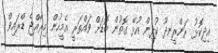
އިިދިކޮޅު ރަންރީނދޫ ކުދިން އުޅޭ ގޮތުން ބޮޑަށް ވައްތަރީ އެމީހުން މިރާއްޖެ ޑްރައިވް